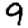
Digit: 9